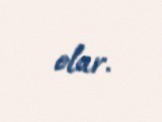
olar.